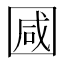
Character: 𭍩